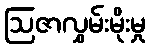
ဩဇာလွှမ်းမိုးမှု